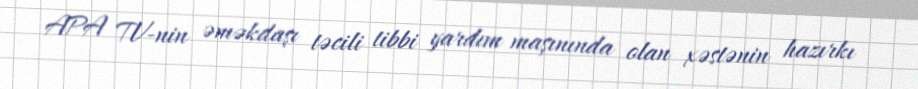
APA TV-nin əməkdaşı təcili tibbi yardım maşınında olan xəstənin hazırkı